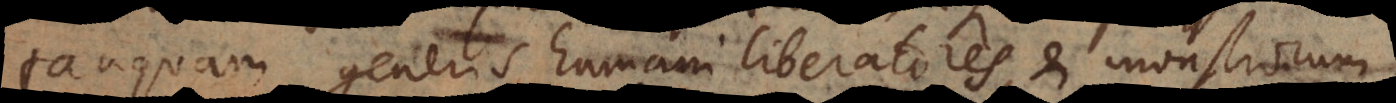
tanquam generis humani liberatores, et monstrorum